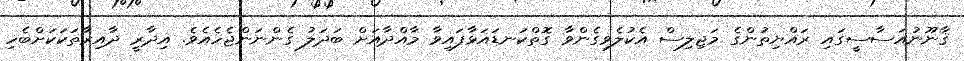
ޤާނޫނުއަސާސީގައި ރައްޔިތުންގެ މަޖިލިސް އެކުލެވިގެންވާ ގޮތްކަނޑައަޅާފައިވާ މާއްދާއަށް ބަދަލު ގެންނަންޖެހެއެވެ. އިދާރީ ދާއިރާތަކަކަށްބެހި